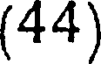
(44)